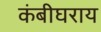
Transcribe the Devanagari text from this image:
कंबीघराय